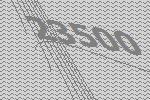
23500